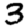
Digit: 3